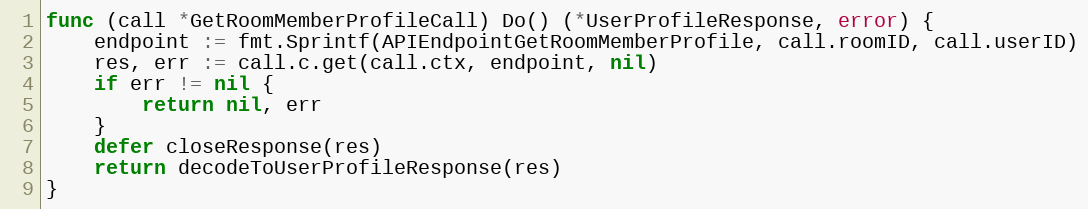
Language: Go
func (call *GetRoomMemberProfileCall) Do() (*UserProfileResponse, error) {
	endpoint := fmt.Sprintf(APIEndpointGetRoomMemberProfile, call.roomID, call.userID)
	res, err := call.c.get(call.ctx, endpoint, nil)
	if err != nil {
		return nil, err
	}
	defer closeResponse(res)
	return decodeToUserProfileResponse(res)
}